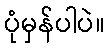
ပုံမှန်ပါပဲ။